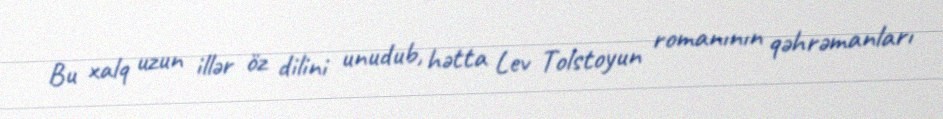
Bu xalq uzun illər öz dilini unudub, hətta Lev Tolstoyun romanının qəhrəmanları